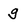
Character: g